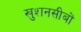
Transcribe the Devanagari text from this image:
खुशनसीबों